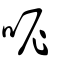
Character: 呢